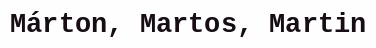
Márton, Martos, Martin